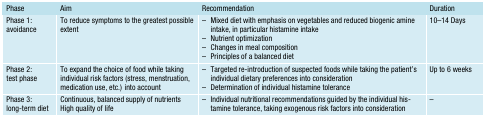
<table><thead><tr><td><b>Phase</b></td><td><b>Aim</b></td><td><b>Recommendation</b></td><td><b>Duration</b></td></tr></thead><tbody><tr><td>Phase 1:avoidance</td><td>To reduce symptoms to the greatest possible extent</td><td>– Mixed diet with emphasis on vegetables and reduced biogenic amine intake, in particular histamine intake– Nutrient optimization– Changes in meal composition– Principles of a balanced diet</td><td>10–14 Days</td></tr><tr><td>Phase 2:test phase</td><td>To expand the choice of food while taking individual risk factors (stress, menstruation, medication use, etc.) into account</td><td>– Targeted re-introduction of suspected foods while taking the patient’s individual dietary preferences into consideration– Determination of individual histamine tolerance</td><td>Up to 6 weeks</td></tr><tr><td>Phase 3:long-term diet</td><td>Continuous, balanced supply of nutrientsHigh quality of life</td><td>– Individual nutritional recommendations guided by the individual histamine tolerance, taking exogenous risk factors into consideration</td><td>–</td></tr></tbody></table>